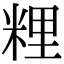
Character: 粴